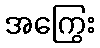
အကြွေး